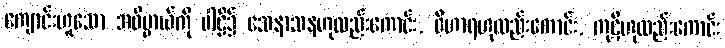
ကျောင်းဟူသော အဓိပ္ပာယ်ကို ပါဠိ၌ သေနာသနဟုလည်းကောင်း, ဝိဟာရဟုလည်းကောင်း, ကုဋိဟုလည်းကောင်း